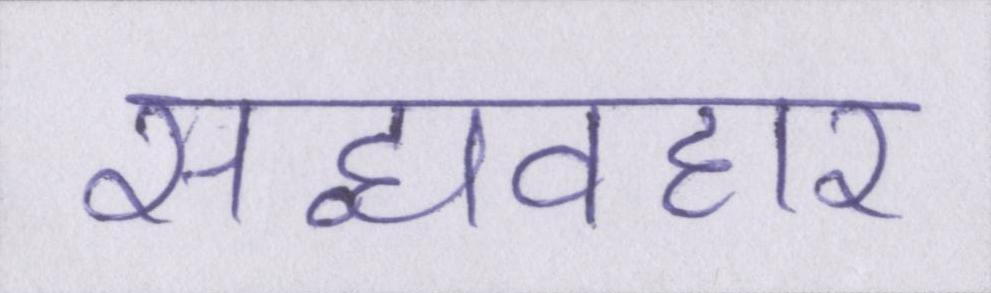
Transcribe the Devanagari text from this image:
सद्व्यवहार